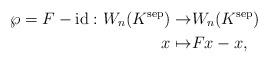
LaTeX: \begin{align*}\wp=F-\mathrm{id}: W_n(K^{\mathrm{sep}}) \to& W_n(K^{\mathrm{sep}}) \\x \mapsto& Fx-x,\end{align*}